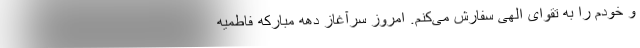
و خودم را به تقوای الهی سفارش می‌کنم. امروز سرآغاز دهه مبارکه فاطمیه